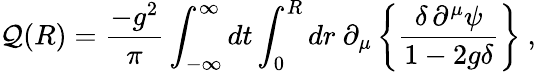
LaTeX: \mathcal{Q}(R)=\frac{{-g^{2}}}{{\pi}}\int_{-\infty}^{\infty}dt\int_{0}^{R}dr~\partial_{\mu}\left\{ \frac{{\delta\, \partial^{\mu}\psi}}{{1-2g\delta}}\right\} {}~,